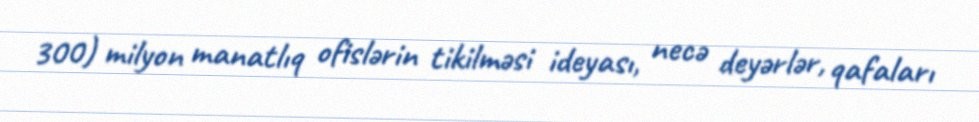
300) milyon manatlıq ofislərin tikilməsi ideyası, necə deyərlər, qafaları